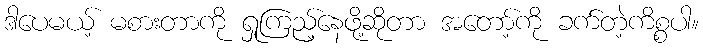
ဒါပေမယ့် မစားတာကို ရှုကြည့်နေဖို့ဆိုတာ အတော့်ကို ခက်တဲ့ကိစ္စပါ။